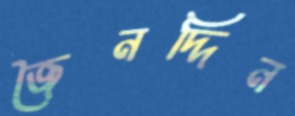
জৈনদ্দিন